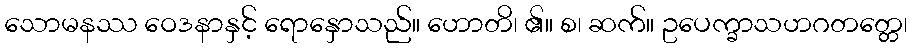
သောမနဿ ဝေဒနာနှင့် ရောနှောသည်။ ဟောတိ၊ ၏။ စ၊ ဆက်။ ဥပေက္ခာသဟဂတတ္တေ၊